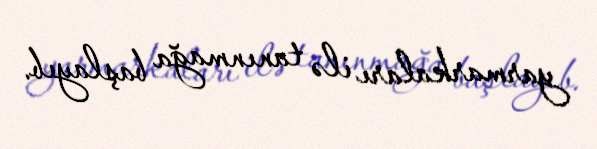
yarmarkaları ilə tanınmağa başlayıb.